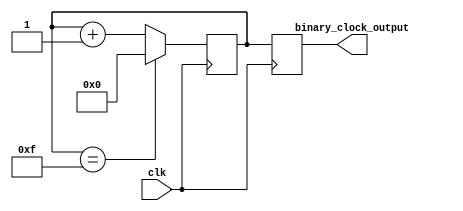
module clock_divider(
    input clk,
    output reg [3:0] binary_clock_output
);

reg [3:0] counter;

always @(posedge clk) begin
    if(counter == 15)
        counter <= 0;
    else
        counter <= counter + 1;
    
    binary_clock_output <= counter;
end

endmodule